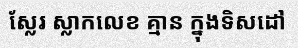
ស្លែរ ស្លាកលេខ គ្មាន ក្នុងទិសដៅ